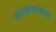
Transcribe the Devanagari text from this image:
अन्नाकपोक